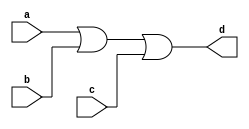
`timescale 1ns / 1ps
//////////////////////////////////////////////////////////////////////////////////
// Company: 
// Engineer: 
// 
// Design Name: 
// Module Name:    or_gate3 
// Project Name: 
// Target Devices: 
// Tool versions: 
// Description: 
//
// Dependencies: 
//
// Revision: 
// Revision 0.01 - File Created
// Additional Comments: 
//
//////////////////////////////////////////////////////////////////////////////////
module or_gate3(
    input a,
    input b,
    input c,
    output d
    );

	assign d = a | b | c;
	
endmodule